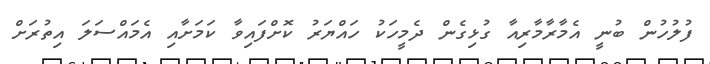
ފުލުހުން ބުނީ އެމާރާމާރިއާ ގުޅިގެން ދެމީހަކު ހައްޔަރު ކޮށްފައިވާ ކަމަށާއި އެމައްސަލަ އިތުރަށް